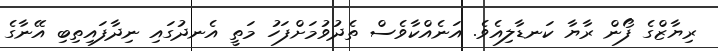
ރިޔާޒްގެ ފޯން ރާޔާ ކަނޑާލިއެވެ. އަނެއްކާވެސް ތެދުވުމަށްފަހު މަތީ އެނދުގައި ނިދާފައިތިބި އޭނާގެ